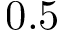
0 . 5